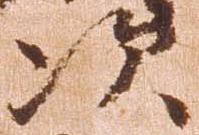
次